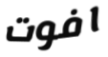
افوت